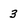
Character: 3